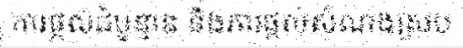
ការផ្តល់ដំបូន្មាន និងការផ្តល់សំណងស្រប